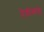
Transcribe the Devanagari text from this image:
देवींकडे